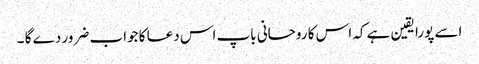
اسے پورا یقین ہے کہ اس کا روحانی باپ اس دعا کا جواب ضرور دے گا ۔